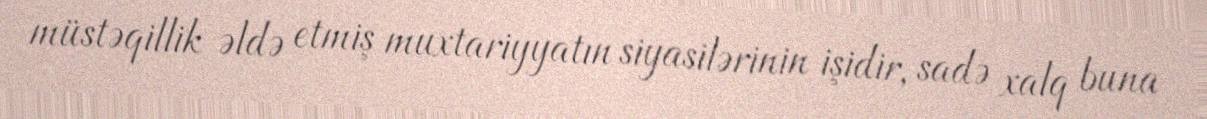
müstəqillik əldə etmiş muxtariyyatın siyasilərinin işidir, sadə xalq buna